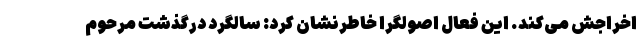
اخراجش می‌کند. این فعال اصولگرا خاطرنشان کرد: سالگرد درگذشت مرحوم